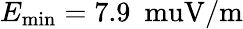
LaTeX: E_{\mathrm{min}}=7.9~\mathrm{\ muV/m}